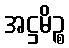
အဋ္ဌမိဉ္စ